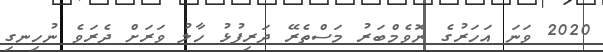
2020 ވަނަ އަހަރުގެ ނޮވެމްބަރު މަސްތެރޭ ދަރިފުޅު ހާލު ވަރަށް ދެރަވެ ނުހިނގި